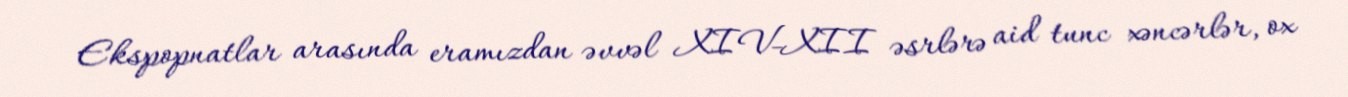
Ekspopnatlar arasında eramızdan əvvəl XIV-XII əsrlərə aid tunc xəncərlər, ox